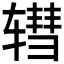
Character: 𫐕